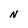
Character: N